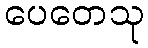
ပေတေသု